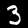
Label: 3